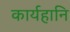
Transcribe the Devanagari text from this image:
कार्यहानि